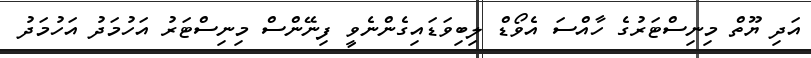
އަދި ޔޫތް މިނިސްޓަރުގެ ހާއްސަ އެވޯޑް ލިބިވަޑައިގެންނެވީ ފިނޭންސް މިނިސްޓަރު އަހުމަދު އަހުމަދު